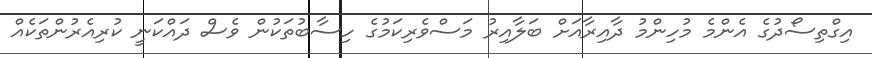
އިގްތިސޯދުގެ އެންމެ މުހިންމު ދާއިރާއަށް ބަލާއިރު މަސްވެރިކަމުގެ ހިސާބުތަކުން ވެސް ދައްކަނީ ކުރިއެރުންތަކެއް